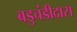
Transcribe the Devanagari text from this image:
बडुचंडीदास